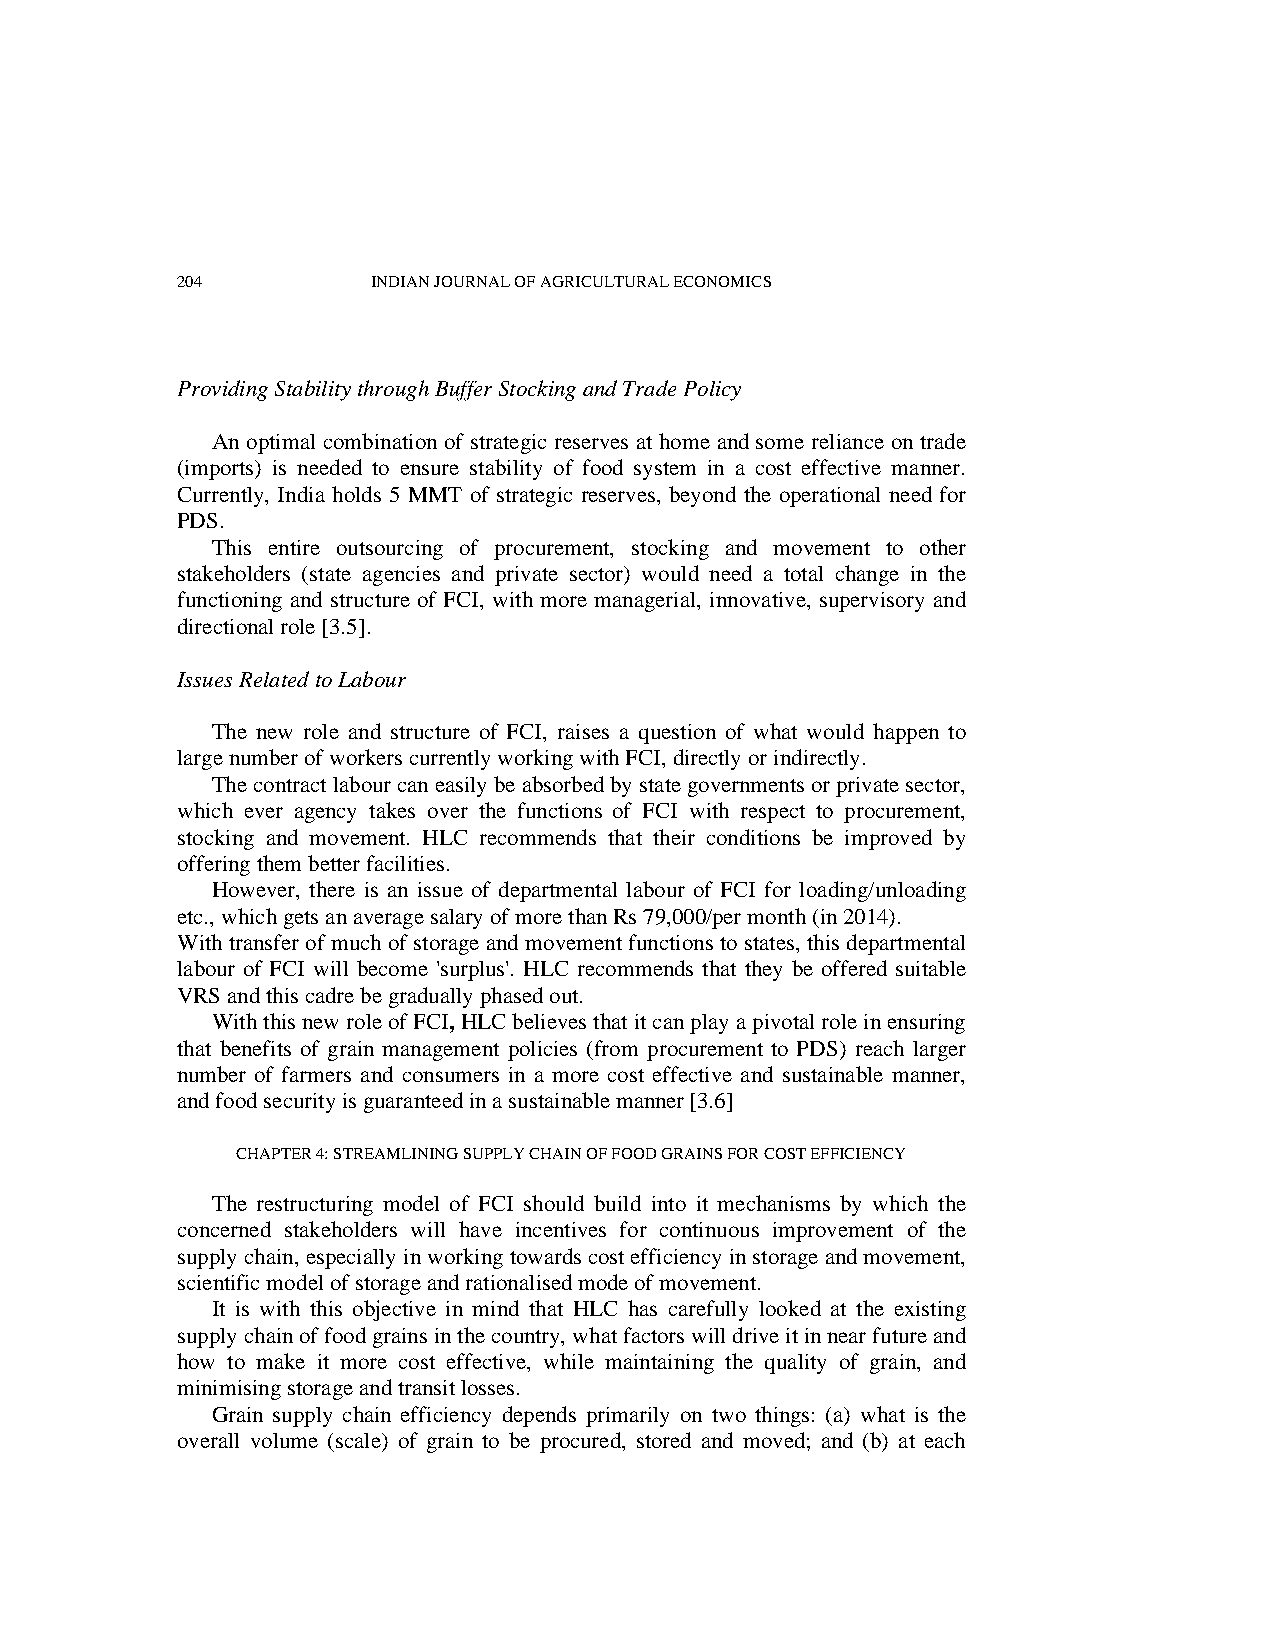
204          INDIAN JOURNAL OF AGRICULTURAL ECONOMICS
 Providing Stability through Buffer Stocking and Trade Policy
 An optimal combination of strategic reserves at home and some reliance on trade
 (imports) is needed to ensure stability of food system in a cost effective manner.
 Currently, India holds 5 MMT of strategic reserves, beyond the operational need for
 PDS.
 This entire outsourcing of procurement, stocking and movement to other
 stakeholders (state agencies and private sector) would need a total change in the
 functioning and structure of FCI, with more managerial, innovative, supervisory and
 directional role [3.5].
 Issues Related to Labour
 The new role and structure of FCI, raises a question of what would happen to
 large number of workers currently working with FCI, directly or indirectly.
 The contract labour can easily be absorbed by state governments or private sector,
 which ever agency takes over the functions of FCI with respect to procurement,
 stocking and movement. HLC recommends that their conditions be improved by
 offering them better facilities.
 However, there is an issue of departmental labour of FCI for loading/unloading
 etc., which gets an average salary of more than Rs 79,000/per month (in 2014).
 With transfer of much of storage and movement functions to states, this departmental
 labour of FCI will become 'surplus'. HLC recommends that they be offered suitable
 VRS and this cadre be gradually phased out.
 With this new role of FCI, HLC believes that it can play a pivotal role in ensuring
 that benefits of grain management policies (from procurement to PDS) reach larger
 number of farmers and consumers in a more cost effective and sustainable manner,
 and food security is guaranteed in a sustainable manner [3.6]
 CHAPTER 4: STREAMLINING SUPPLY CHAIN OF FOOD GRAINS FOR COST EFFICIENCY
 The restructuring model of FCI should build into it mechanisms by which the
 concerned stakeholders will have incentives for continuous improvement of the
 supply chain, especially in working towards cost efficiency in storage and movement,
 scientific model of storage and rationalised mode of movement.
 It is with this objective in mind that HLC has carefully looked at the existing
 supply chain of food grains in the country, what factors will drive it in near future and
 how to make it more cost effective, while maintaining the quality of grain, and
 minimising storage and transit losses.
 Grain supply chain efficiency depends primarily on two things: (a) what is the
 overall volume (scale) of grain to be procured, stored and moved; and (b) at each